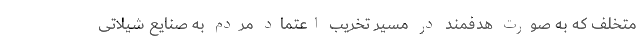
متخلف که به صورت هدفمند در مسیر تخریب اعتماد مردم به صنایع شیلاتی